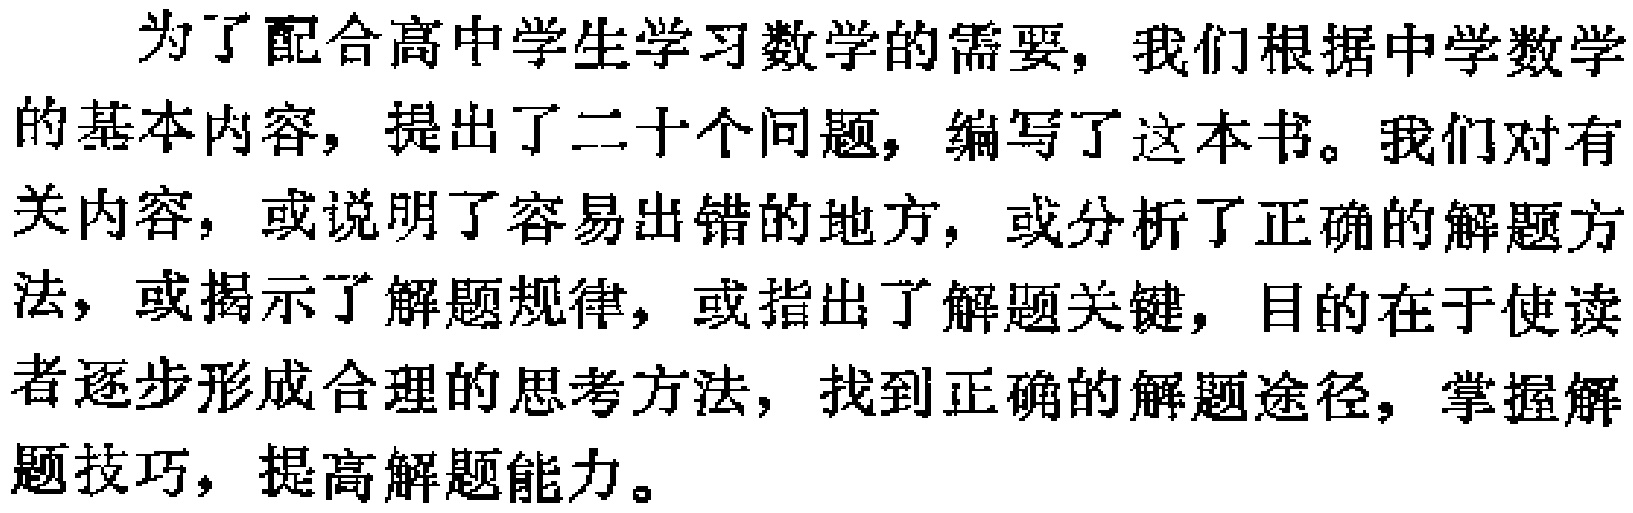
为了配合高中学生学习数学的需要，我们根据中学数学的基本内容，提出了二十个问题，编写了这本书。我们对有关内容，或说明了容易出错的地方，或分析了正确的解题方法，或揭示了解题规律，或指出了解题关键，目的在于使读者逐步形成合理的思考方法，找到正确的解题途径，掌握解题技巧，提高解题能力。